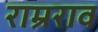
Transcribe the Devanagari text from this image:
राम्रराव